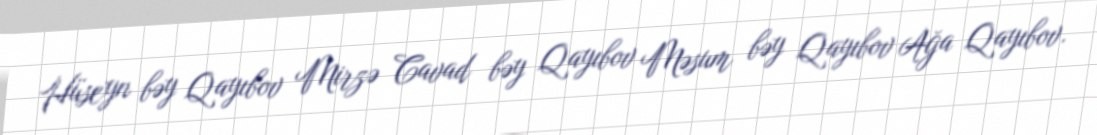
Hüseyn bəy Qayıbov Mirzə Cavad bəy Qayıbov Məsum bəy Qayıbov Ağa Qayıbov.